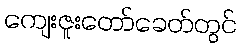
ကျေးဇူးတော်ခေတ်တွင်